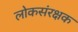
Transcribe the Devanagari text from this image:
लोकसंरक्षक